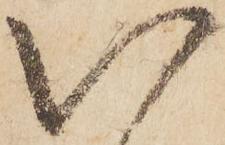
以